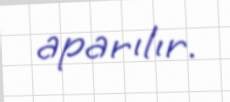
aparılır.